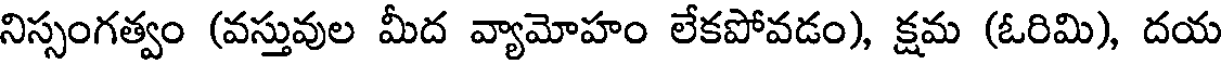
నిస్సంగత్వం (వస్తువుల మీద వ్యామోహం లేకపోవడం), క్షమ (ఓరిమి), దయ